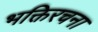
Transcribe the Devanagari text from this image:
भक्तिरचना